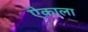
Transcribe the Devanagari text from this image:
ऐकाला